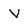
Character: V